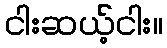
ငါးဆယ့်ငါး။